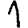
Digit: 1